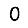
Digit: 0